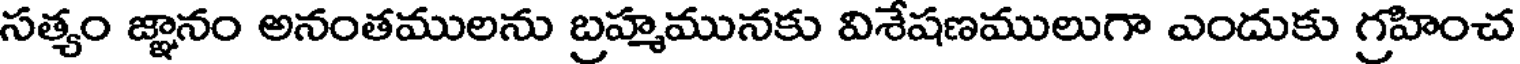
సత్యం జ్ఞానం అనంతములను బ్రహ్మమునకు విశేషణములుగా ఎందుకు గ్రహించ